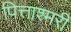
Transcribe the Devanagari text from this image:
पित्ताश्मरी